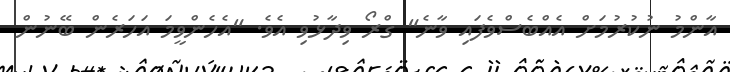
އާންމު ނުކުރުމަށް އެއްބެސްވެފައި ވާނެ" ގްރޯ ވިދާޅުވި އެވެ. "އެހެންވީމަ އަހަރެން ބޭނުން